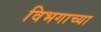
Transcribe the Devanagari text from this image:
विभगाच्या